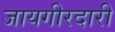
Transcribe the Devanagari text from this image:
जायगीरदारी